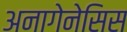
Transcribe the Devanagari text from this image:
अनागेनेसिस